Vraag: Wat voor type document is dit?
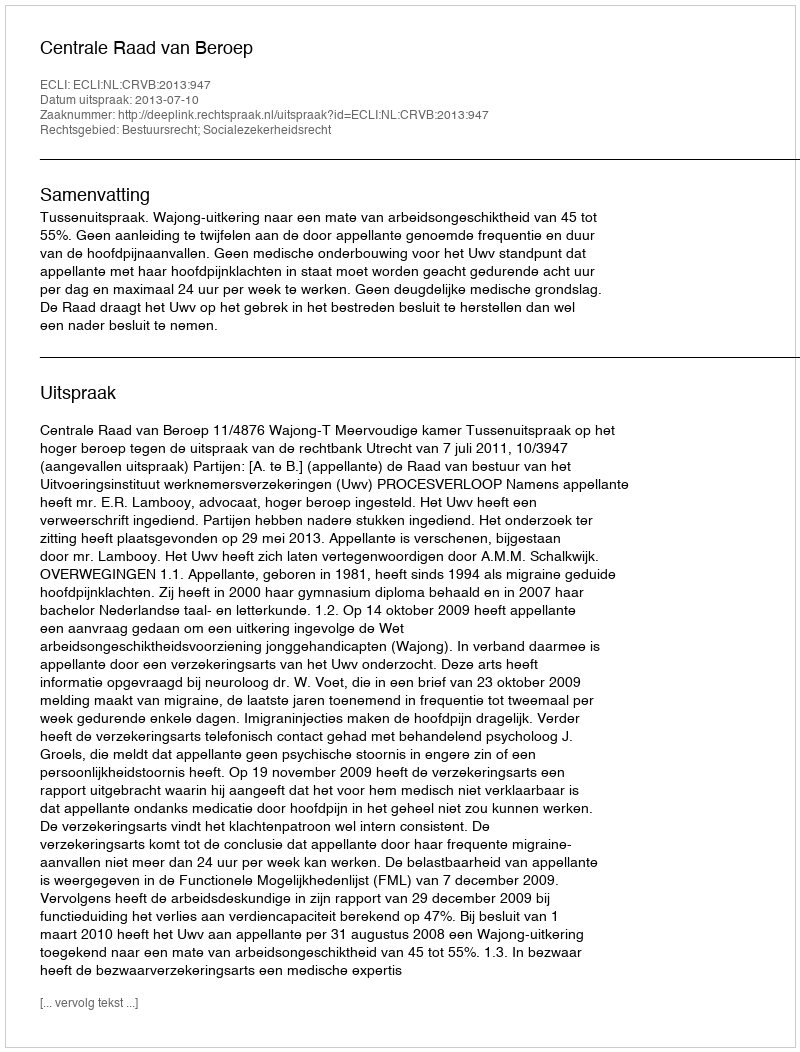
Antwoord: Uitspraak